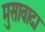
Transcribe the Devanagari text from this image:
मुसावादा